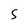
Character: S